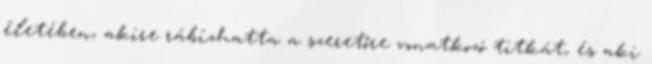
életében, akire rábízhatta a szeretőre vonatkozó titkát, és aki